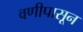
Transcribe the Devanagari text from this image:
वणीपासून